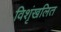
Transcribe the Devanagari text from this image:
विशृंखलित